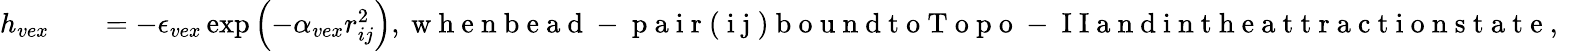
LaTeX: \begin{array}{rlr}{h_{vex}}&{{}}&{=-\epsilon_{vex}\exp\left(-\alpha_{vex}r_{ij}^{2}\right),\mathrm{~w~h~e~n~b~e~a~d~-~p~a~i~r~(~i~j~)~b~o~u~n~d~t~o~T~o~p~o~-~I~I~a~n~d~i~n~t~h~e~a~t~t~r~a~c~t~i~o~n~s~t~a~t~e~,~}}\end{array}